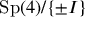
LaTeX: \mathrm { S p } ( 4 ) / \{ \pm I \}